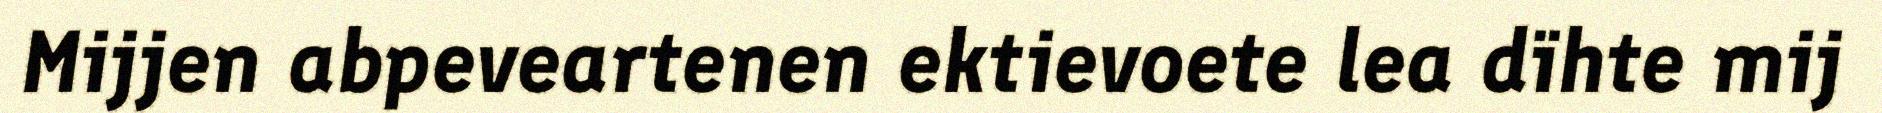
Mijjen abpeveartenen ektievoete lea dïhte mij